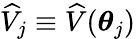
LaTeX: \widehat V_{j}\equiv\widehat V(\boldsymbol{\theta}_{j})